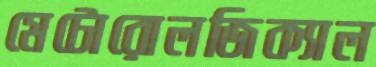
মেটোরোলজিক্যাল